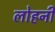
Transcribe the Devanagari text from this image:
लोहनी